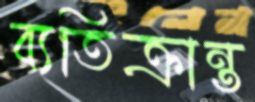
ব্যতিক্রান্ত